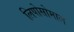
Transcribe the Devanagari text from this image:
लिपोसोमाल